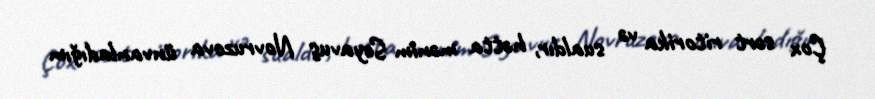
Çox sərt ritorika və sualdır, hətta mənim Seyavuş Novruzova ünvanladığım